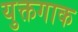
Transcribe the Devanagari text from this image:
युक्तगाक